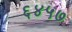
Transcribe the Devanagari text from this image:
६४५७